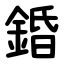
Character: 錉